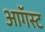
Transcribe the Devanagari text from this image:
अाॅगस्ट